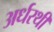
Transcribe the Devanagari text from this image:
अर्धरथी